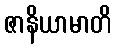
ဇာနိယာမာတိ